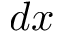
d x